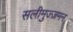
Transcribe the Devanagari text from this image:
सलीमुज्ज़मन